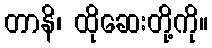
တာနိ၊ ထိုဆေးတို့ကို။